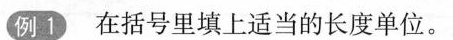
例1在括号里填上适当的长度单位。